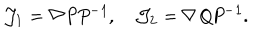
LaTeX: { \cal J } _ { 1 } = \nabla \it P P ^ { - 1 } , \quad { \cal J } _ { 2 } = \nabla \it Q P ^ { - 1 } .